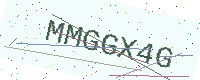
Text: MMGGX4G